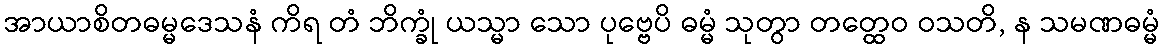
အာယာစိတဓမ္မဒေသနံ ကိရ တံ ဘိက္ခုံ ယသ္မာ သော ပုဗ္ဗေပိ ဓမ္မံ သုတွာ တတ္ထေဝ ဝသတိ, န သမဏဓမ္မံ